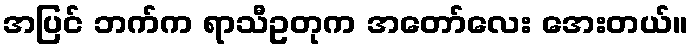
အပြင် ဘက်က ရာသီဥတုက အတော်လေး အေးတယ်။